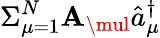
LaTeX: \Sigma_{\mu=1}^{N}\mathbf{A}_{\mul}\hat{{a}}_{\mu}^{\dagger}